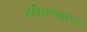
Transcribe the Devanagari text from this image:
हस्तिनापूरच्या